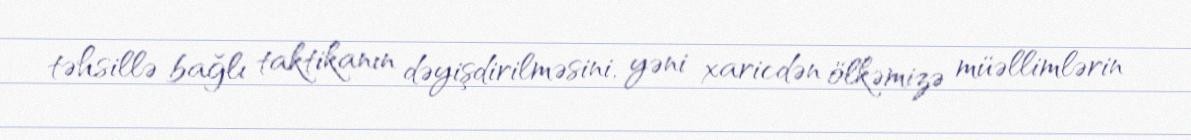
təhsillə bağlı taktikanın dəyişdirilməsini, yəni xaricdən ölkəmizə müəllimlərin